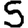
Digit: 5